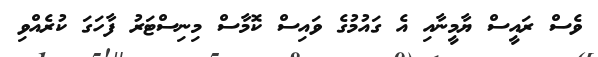
ވެސް ރައީސް ޔާމީނާއި އެ ގައުމުގެ ވައިސް ކޮމާސް މިނިސްޓަރު ފާހަގަ ކުރެއްވި